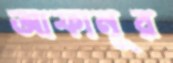
আফানূর